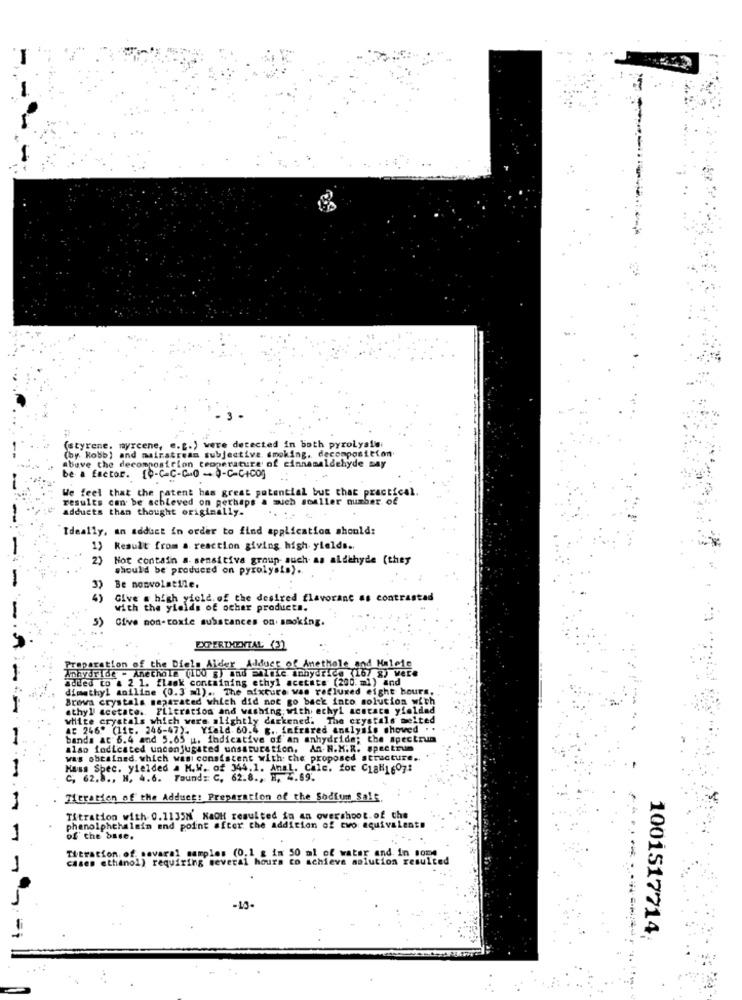
IT
(styrene. myrcene, e. t.) were detected in both pyrolyall
(by. Robb) and mairstream subjective, smoking. decomposition
Above the decompostrion teoperature of cinnamaldehyde say
be a factor. [0-C-C-C-0 - Q-C-C+CO]
We feel that the patent has great potential but that practical.
results can be achieved on perhaps a much soaller number of
adducts than thought originally-
Ideally, an adduct in order to find application should:
1) Result from a reaction giving high yields ..
2) Not contain a sensitive group- such as aldehyde (they
should be produced on pyrolysis} ..
3)
Be nonvolatile.
6)
Give a high yield. of the desired flavoranc as contrastad
with the yields of other products.
-
5) Give non-toxic substances on smoking.
EXPERIMENTAL (3)
Anhydride - Anechala (100 g) and molele anhydrice (16/ 8) were
reparation of the Diels Alder Aldoet of Anethole and Malcie
added to a 2 1. flask containing ethyl acetate (200 ml) and
dimethyl aniline (0.3 ml) .. The mixture was refluxed eight hours,
Browa crystals separated which did not go back into solucion with
ethyl acetate. Filtration and washing with, ethyl acetate yieldad
white crystals which were alightly darkened. The crystals melted
A: 246" (11t. 246-47). Yfald 60.4 g ., infrared analysis showed ..
1
bands at 6.4 and 5.65 u. indicative of an anhydride; the spectrum
also fodicated unconjugated unsaturation, An. H.K.R. spectrum
was obtained, which wasi consistent with the proposed structure.
Hass Spec. yielded & H.W. of 344.1. Anal. Calc. for Cial1 607:
C, 62.8 ., H, 4.6. Taund= C. 62.8 ., , 4.69.
71eration of the Adduet: Preparation of the Sodium Salt.
Titration with 0.1135M' NaOH resulted in an overshoot. of the
phenolphthalein end point after the addition of two equivalente
1
of the base.
Titration. of savaral samples (0.1 g in 50 ml of water and. in some
cases ethanol) requiring several hours to achieve solution resulted
-13-
1001517714
=